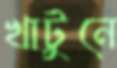
খাটুনে